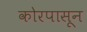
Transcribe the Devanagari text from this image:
कोरपासून